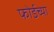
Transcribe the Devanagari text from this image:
फोर्डच्या